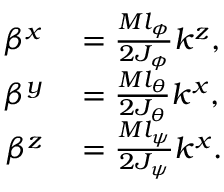
\begin{array} { r l } { \beta ^ { x } } & { { } = \frac { M l _ { \phi } } { 2 J _ { \phi } } k ^ { z } , } \\ { \beta ^ { y } } & { { } = \frac { M l _ { \theta } } { 2 J _ { \theta } } k ^ { x } , } \\ { \beta ^ { z } } & { { } = \frac { M l _ { \psi } } { 2 J _ { \psi } } k ^ { x } . } \end{array}